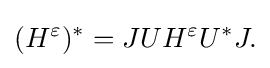
\displaystyle {(H^{\varepsilon })^{*}=JUH^{\varepsilon }U^{*}J.}